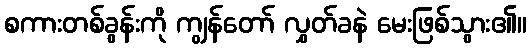
စကားတစ်ခွန်းကို ကျွန်တော် လွှတ်ခနဲ မေးဖြစ်သွား၏။